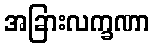
အခြားလက္ခဏာ